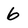
Character: 6